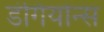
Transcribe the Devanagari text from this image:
डंगियोन्स